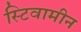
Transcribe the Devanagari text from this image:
स्टिवामीन